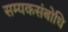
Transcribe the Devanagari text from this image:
सम्यकसंबोधि